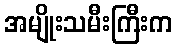
အမျိုးသမီးကြီးက